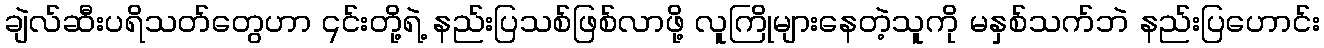
ချဲလ်ဆီးပရိသတ်တွေဟာ ၎င်းတို့ရဲ့ နည်းပြသစ်ဖြစ်လာဖို့ လူကြိုများနေတဲ့သူကို မနှစ်သက်ဘဲ နည်းပြဟောင်း